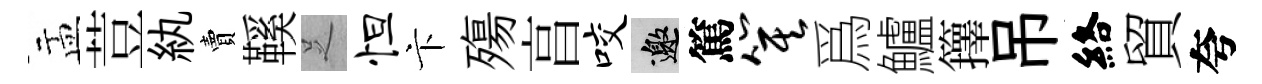
盂荳紈賣鞵𠯁怛卞殤亯咬邀篤箕爲鱸籜吊絡貿夸